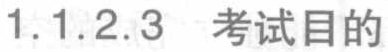
1.1.2.3 考试目的